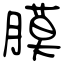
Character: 膜